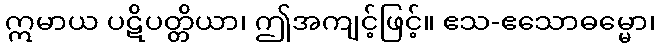
ဣမာယ ပဋိပတ္တိယာ၊ ဤအကျင့်ဖြင့်။ ဧသ-ဧသောဓမ္မော၊